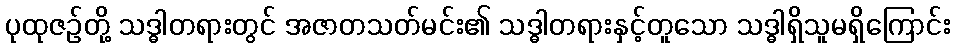
ပုထုဇဉ်တို့ သဒ္ဓါတရားတွင် အဇာတသတ်မင်း၏ သဒ္ဓါတရားနှင့်တူသော သဒ္ဓါရှိသူမရှိကြောင်း